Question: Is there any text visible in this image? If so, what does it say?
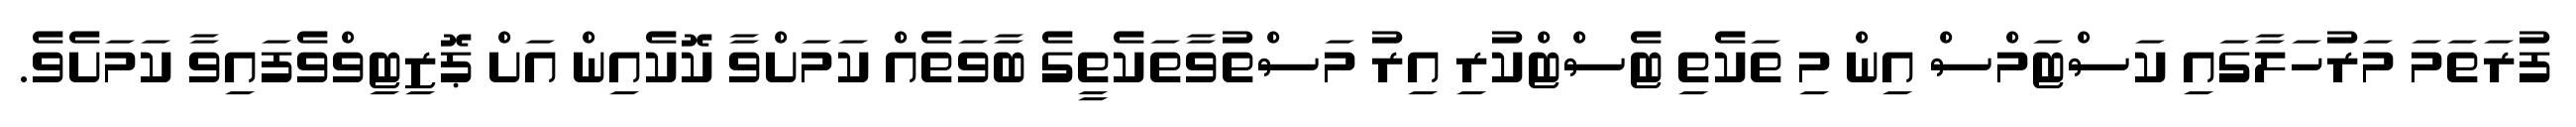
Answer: ފުރަތަމަ މަރުހަލާގައި ކަސްޓަމްސް އިން މި ތަކެތި ޓެސްޓްކުރި އިރު މަސްތުވާތަކެތީގެ ބާވަތެއް ކަމަށްވާ ކޮކެއިން އަށް ޕޮޒިޓިވްވެފައިވާ ކަމަށެވެ.